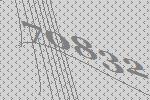
70832